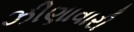
ઝીણાવારી